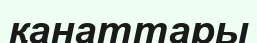
қанаттары